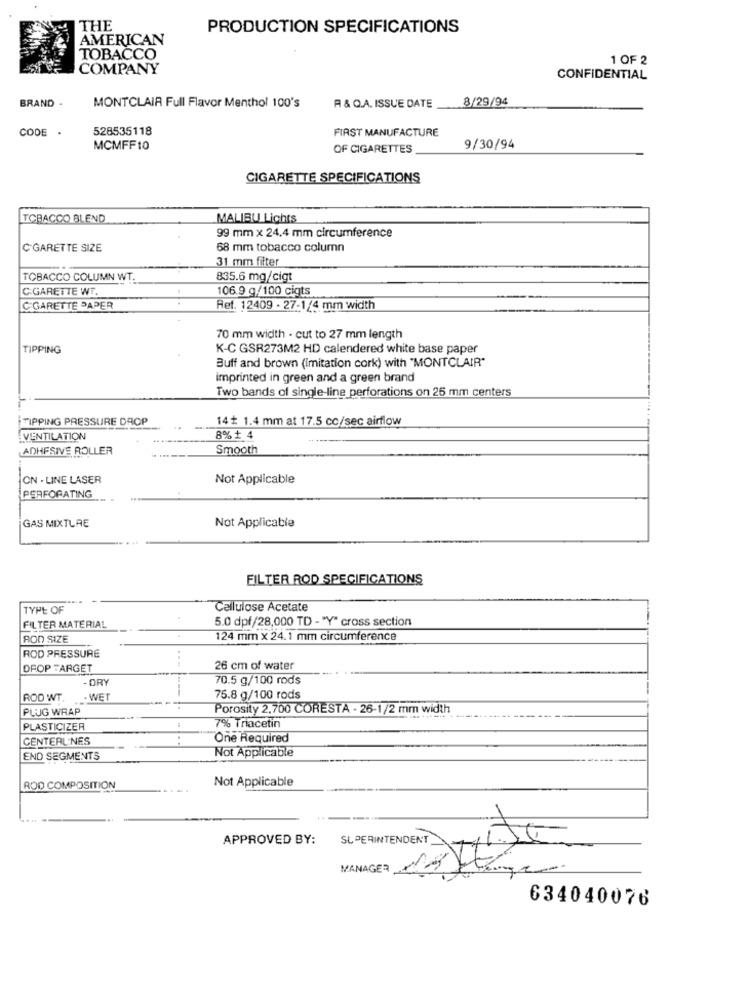
THE
PRODUCTION SPECIFICATIONS
AMERICAN
TOBACCO
1 OF 2
COMPANY
CONFIDENTIAL
BRAND .
8/29/94
MONTCLAIR Full Flavor Menthol 100's
A & Q.A. ISSUE DATE
CODE .
528535118
FIRST MANUFACTURE
MCMFF10
OF CIGARETTES
9/30/94
CIGARETTE SPECIFICATIONS
TOBACCO BLEND
MALIBU Lights
99 mm x 24,4 mm circumference
C'GARETTE SIZE
68 mm tobacco column
31 mm filter
TOBACCO COLUMN WT.
835.6 mg/cigt
CIGARETTE WT.
106.9 g/100 cigts
C'GARETTE PAPER
Ref. 12409 - 27-1/4 mm width
70 mm width - cut to 27 mm length
TIPPING
K-C GSR273M2 HD calendered white base paper
Buff and brown (imitation cork) with "MONTCLAIR"
imprinted in green and a green brand
Two bands of single-line perforations on 25 mm centers
TIPPING PRESSURE DROP
14 1.4 mm at 17.5 cc/sec airflow
VENTILATION
8%+ 4
ADHESIVE ROLLER
Smooth
ON - LINE LASER
Not Applicable
PERFORATING
GAS MIXTURE
Not Applicable
FILTER ROD SPECIFICATIONS
TYPE OF
Cellulose Acetate
5.0 dpf/28,000 TD - "Y" cross section
FILTER MATERIAL
ROD SIZE
124 mm x 24.1 mm circumference
ROD PRESSURE
OFOP TARGET
26 cm of water
-DRY
70.5 g/100 rods
ROD WT.
- WET
75.8 g/100 rods
PLUG WRAP
Porosity 2,700 CORESTA - 26-1/2 mm width
PLASTICIZER
7% Triacetin
CENTERLINES
One Required
Not Applicable
END SEGMENTS
Not Applicable
ROD COMPOSITION
APPROVED BY:
SUPERINTENDENT
MANAGER
634040076